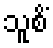
သူစိံ